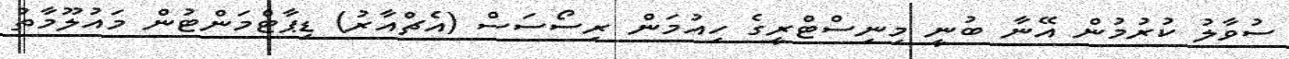
ސުވާލު ކުރުމުން އޭނާ ބުނީ މިނިސްޓްރީގެ ހިއުމަން ރިސޯސަސް (އެޗްއާރު) ޑިޕާޓްމަންޓުން މައުލޫމާތު